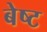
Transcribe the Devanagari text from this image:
बेष्ट